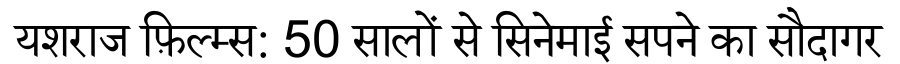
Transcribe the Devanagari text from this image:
यशराज फ़िल्म्स: 50 सालों से सिनेमाई सपने का सौदागर